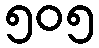
၅၀၅